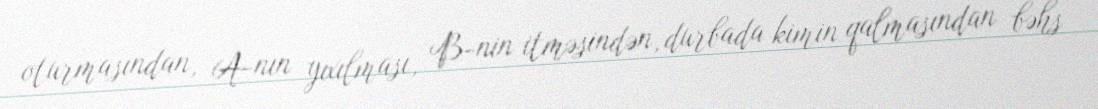
oturmasından, A-nın yıxılması, B-nin itməsindən, durbada kimin qalmasından bəhs